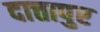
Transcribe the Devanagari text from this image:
दात्तापुर